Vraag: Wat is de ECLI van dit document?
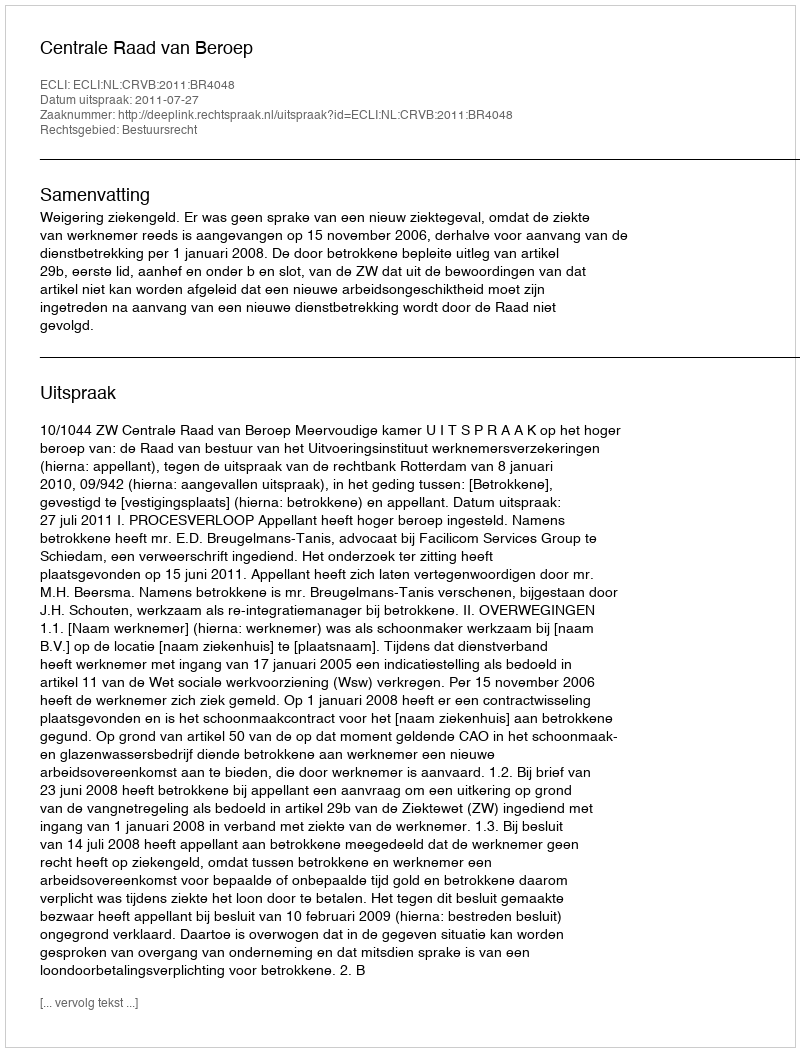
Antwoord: ECLI:NL:CRVB:2011:BR4048